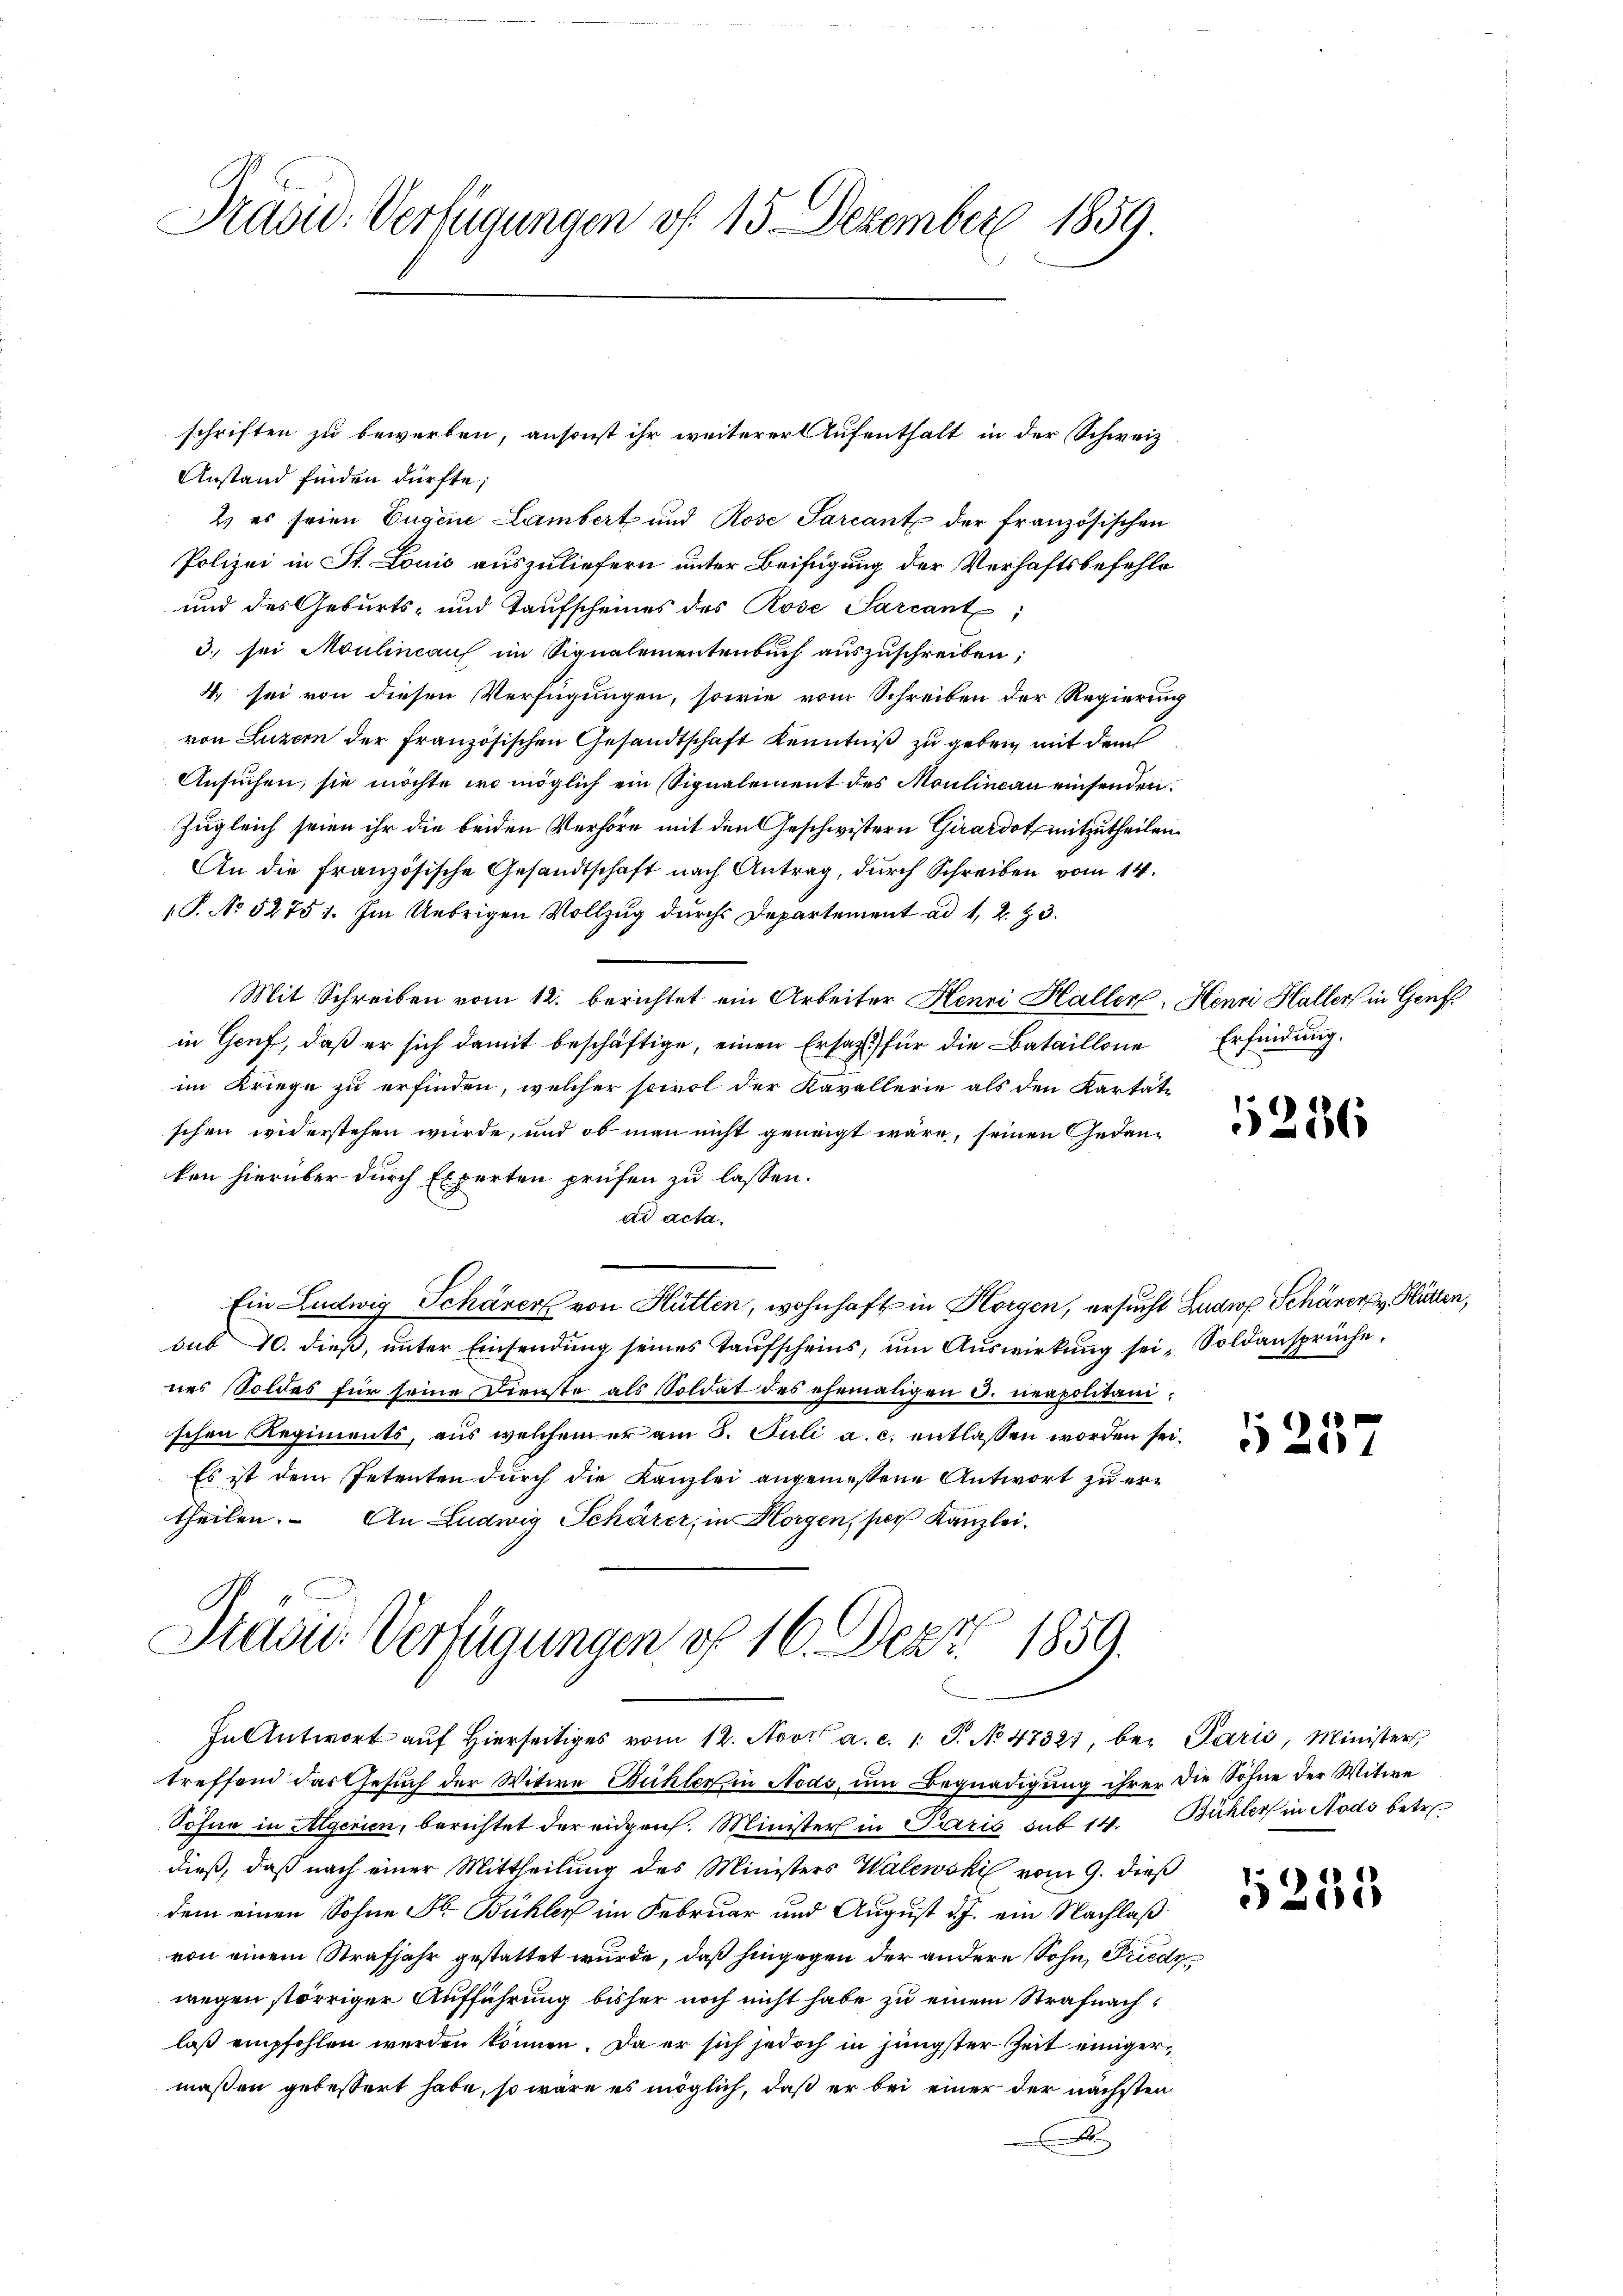
Präsid. Verfügungen vf 15 Dezember 1859.

schriften zu bewerben, ansonst ihr weiterer Aufenthalt in der Schweiz
Anstand finden dürfte,
2) es seien Eugene Lambert und Rose Sarcant der französischen
Polizei in St. Louis auszuliefern unter Beifügung der Verhaftsbefehle
und des Geburts- und Taufscheines des Rose Sarcante;
3. sei Moulineau im Signalementenbuch auszuschreiben;
4. sei von diesen Verfügungen, sowie vom Schreiben der Regierung
von Luzern der französischen Gesandtschaft Kenntniß zu geben, mit dem
Ansuchen, sie möchte wo möglich ein Signalement des Moulineau einsenden.
Zugleich seien ihr die beiden Verhöre mit den Geschwistern Girardot mitzutheilen.
An die französische Gesandtschaft nach Antrag, durch Schreiben vom 14.
1 P. No 52751. Im Uebrigen Vollzug durch Departement ad 1, 2. 3.
Mit Schreiben vom 12. berichtet ein Arbeiter Henri Haller. Henri Haller in Genf
in Genf, daß er sich damit beschäftige, einen Ersatz für die Bataillone
im Kriege zu erfinden, welcher sowol der Kavallerie als den Kartät-
schen widerstehen würde, und ob man nicht geneigt wäre, seinen Gedanken hierüber durch Experten prüfen zu lassen.
ad acta.
Ein Ludwig Schöner von Hütten, wohnhaft in Horgen, ersucht Ludwof Schöner Blätten,
sub 10. dieβ, ŭnter Einsendŭng seines Taŭfscheins, ŭm Aŭswirkŭng sei. Soldansprüche.
nes Soldes für seine Dienste als Soldat des ehemaligen S. neapolitanischen Regiments, aus welchem er am 8. Juli a. c. entlassen worden sei.
Es ist dem Petenten durch die Kanzlei angemessene Antwort zu ertheilen. An Ludwig Schärer, in Horgen, per Kanzlei.

Stasie Verfügungen of 16. Dez. 1859.
In Antwort aŭf hierseitiges vom 12. Nov. a. c. 1. J. No 47321, bei Paris, Minister

treffend das Gesuch der Witwe Büchler in Nodo, um Begnadigung ihrer die Söhne der Witwe
Söhne in Algerien, berichtet der eidgen. Minister in Paris sub 14. Bühler in Nods betr.
dieß, daß nach einer Mittheilung des Ministers Walewski vom 9. dieß
dem einen Sohne Str. Bühler im Februar und August d. J. ein Nachlaß
von einem Strafjahr gestattet wurde, daß hingegen der andere Sohn, Prediwegen störriger Aufführung bisher noch nicht habe zu einem Strafnachlaß empfohlen werden können. Da er sich jedoch in jüngster Zeit einigermaßen gebessert habe, so wäre es möglich, daß er bei einer der nächsten
A

Erfindung.

5286

f
520

1235